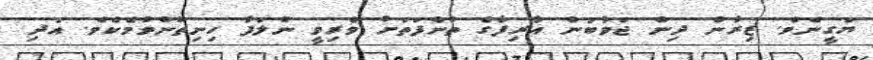
ޔަގީނެވެ. ޒިރާން ދިން ޖަވާބުން އާރިފާގެ ތުންފަތަށް ވެރިވީ ނުލަފާ ހިނިތުންވުމެކެވެ. އަދި